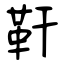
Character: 靬